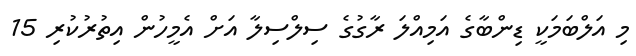
މި އަލްބަމަކީ ޑިންބާގެ އަމިއްލަ ރާގުގެ ސިލްސިލާ އަށް އެމީހުން އިތުރުކުރި 15